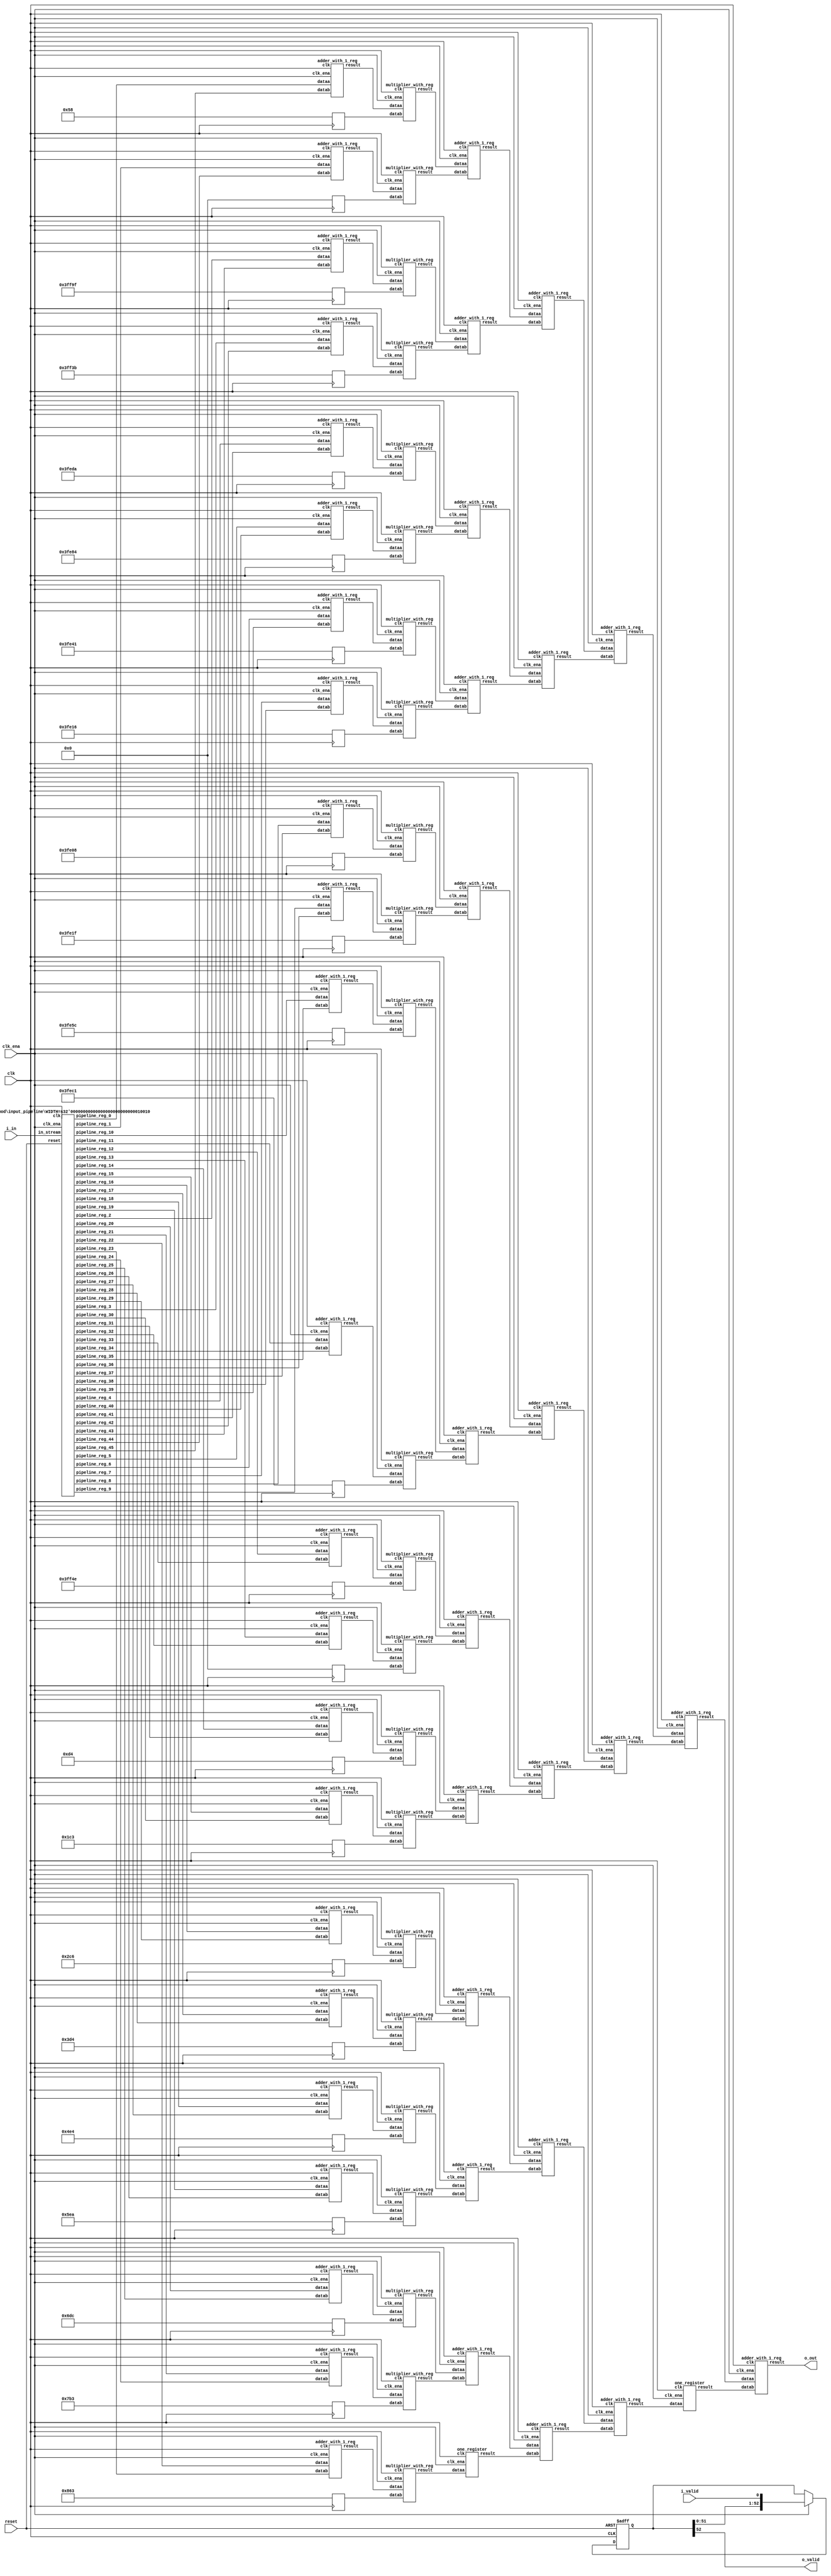
// CONFIG:
// NUM_COEFF = 46
// PIPLINED = 1

// WARNING: more than enough COEFFICIENTS in array (there are 26, and we only need 23)
module fir (
	clk,
	reset,
	clk_ena,
	i_valid,
	i_in,
	o_valid,
	o_out
);
	// Data Width
	parameter dw = 18; //Data input/output bits

	// Number of filter coefficients
	parameter N = 46;
	parameter N_UNIQ = 23; // ciel(N/2) assuming symmetric filter coefficients

	//Number of extra valid cycles needed to align output (i.e. computation pipeline depth + input/output registers
	localparam N_VALID_REGS = 53;

	input clk;
	input reset;
	input clk_ena;
	input i_valid;
	input [dw-1:0] i_in; // signed
	output o_valid;
	output [dw-1:0] o_out; // signed

	// Data Width dervied parameters
	localparam dw_add_int = 18; //Internal adder precision bits
	localparam dw_mult_int = 36; //Internal multiplier precision bits
	localparam scale_factor = 17; //Multiplier normalization shift amount

	// Number of extra registers in INPUT_PIPELINE_REG to prevent contention for CHAIN_END's chain adders
	localparam N_INPUT_REGS = 46;

	// Debug
	// initial begin
	// 	$display ("Data Width: %d", dw);
	// 	$display ("Data Width Add Internal: %d", dw_add_int);
	// 	$display ("Data Width Mult Internal: %d", dw_mult_int);
	// 	$display ("Scale Factor: %d", scale_factor);
	// end

	reg [dw-1:0] COEFFICIENT_0;
	reg [dw-1:0] COEFFICIENT_1;
	reg [dw-1:0] COEFFICIENT_2;
	reg [dw-1:0] COEFFICIENT_3;
	reg [dw-1:0] COEFFICIENT_4;
	reg [dw-1:0] COEFFICIENT_5;
	reg [dw-1:0] COEFFICIENT_6;
	reg [dw-1:0] COEFFICIENT_7;
	reg [dw-1:0] COEFFICIENT_8;
	reg [dw-1:0] COEFFICIENT_9;
	reg [dw-1:0] COEFFICIENT_10;
	reg [dw-1:0] COEFFICIENT_11;
	reg [dw-1:0] COEFFICIENT_12;
	reg [dw-1:0] COEFFICIENT_13;
	reg [dw-1:0] COEFFICIENT_14;
	reg [dw-1:0] COEFFICIENT_15;
	reg [dw-1:0] COEFFICIENT_16;
	reg [dw-1:0] COEFFICIENT_17;
	reg [dw-1:0] COEFFICIENT_18;
	reg [dw-1:0] COEFFICIENT_19;
	reg [dw-1:0] COEFFICIENT_20;
	reg [dw-1:0] COEFFICIENT_21;
	reg [dw-1:0] COEFFICIENT_22;

	always@(posedge clk) begin
		COEFFICIENT_0 <= 18'd88;
		COEFFICIENT_1 <= 18'd0;
		COEFFICIENT_2 <= -18'd97;
		COEFFICIENT_3 <= -18'd197;
		COEFFICIENT_4 <= -18'd294;
		COEFFICIENT_5 <= -18'd380;
		COEFFICIENT_6 <= -18'd447;
		COEFFICIENT_7 <= -18'd490;
		COEFFICIENT_8 <= -18'd504;
		COEFFICIENT_9 <= -18'd481;
		COEFFICIENT_10 <= -18'd420;
		COEFFICIENT_11 <= -18'd319;
		COEFFICIENT_12 <= -18'd178;
		COEFFICIENT_13 <= 18'd0;
		COEFFICIENT_14 <= 18'd212;
		COEFFICIENT_15 <= 18'd451;
		COEFFICIENT_16 <= 18'd710;
		COEFFICIENT_17 <= 18'd980;
		COEFFICIENT_18 <= 18'd1252;
		COEFFICIENT_19 <= 18'd1514;
		COEFFICIENT_20 <= 18'd1756;
		COEFFICIENT_21 <= 18'd1971;
		COEFFICIENT_22 <= 18'd2147;
	end

	////******************************************************
	// *
	// * Valid Delay Pipeline
	// *
	// *****************************************************
	//Input valid signal is pipelined to become output valid signal

	//Valid registers
	reg [N_VALID_REGS-1:0] VALID_PIPELINE_REGS;

	always@(posedge clk or posedge reset) begin
		if(reset) begin
			VALID_PIPELINE_REGS <= 0;
		end else begin
			if(clk_ena) begin
				VALID_PIPELINE_REGS <= {VALID_PIPELINE_REGS[N_VALID_REGS-2:0], i_valid};
			end else begin
				VALID_PIPELINE_REGS <= VALID_PIPELINE_REGS;
			end
		end
	end

	////******************************************************
	// *
	// * Input Register Pipeline
	// *
	// *****************************************************
	//Pipelined input values

	//Input value registers

	wire [dw-1:0] INPUT_PIPELINE_REG_0;
	wire [dw-1:0] INPUT_PIPELINE_REG_1;
	wire [dw-1:0] INPUT_PIPELINE_REG_2;
	wire [dw-1:0] INPUT_PIPELINE_REG_3;
	wire [dw-1:0] INPUT_PIPELINE_REG_4;
	wire [dw-1:0] INPUT_PIPELINE_REG_5;
	wire [dw-1:0] INPUT_PIPELINE_REG_6;
	wire [dw-1:0] INPUT_PIPELINE_REG_7;
	wire [dw-1:0] INPUT_PIPELINE_REG_8;
	wire [dw-1:0] INPUT_PIPELINE_REG_9;
	wire [dw-1:0] INPUT_PIPELINE_REG_10;
	wire [dw-1:0] INPUT_PIPELINE_REG_11;
	wire [dw-1:0] INPUT_PIPELINE_REG_12;
	wire [dw-1:0] INPUT_PIPELINE_REG_13;
	wire [dw-1:0] INPUT_PIPELINE_REG_14;
	wire [dw-1:0] INPUT_PIPELINE_REG_15;
	wire [dw-1:0] INPUT_PIPELINE_REG_16;
	wire [dw-1:0] INPUT_PIPELINE_REG_17;
	wire [dw-1:0] INPUT_PIPELINE_REG_18;
	wire [dw-1:0] INPUT_PIPELINE_REG_19;
	wire [dw-1:0] INPUT_PIPELINE_REG_20;
	wire [dw-1:0] INPUT_PIPELINE_REG_21;
	wire [dw-1:0] INPUT_PIPELINE_REG_22;
	wire [dw-1:0] INPUT_PIPELINE_REG_23;
	wire [dw-1:0] INPUT_PIPELINE_REG_24;
	wire [dw-1:0] INPUT_PIPELINE_REG_25;
	wire [dw-1:0] INPUT_PIPELINE_REG_26;
	wire [dw-1:0] INPUT_PIPELINE_REG_27;
	wire [dw-1:0] INPUT_PIPELINE_REG_28;
	wire [dw-1:0] INPUT_PIPELINE_REG_29;
	wire [dw-1:0] INPUT_PIPELINE_REG_30;
	wire [dw-1:0] INPUT_PIPELINE_REG_31;
	wire [dw-1:0] INPUT_PIPELINE_REG_32;
	wire [dw-1:0] INPUT_PIPELINE_REG_33;
	wire [dw-1:0] INPUT_PIPELINE_REG_34;
	wire [dw-1:0] INPUT_PIPELINE_REG_35;
	wire [dw-1:0] INPUT_PIPELINE_REG_36;
	wire [dw-1:0] INPUT_PIPELINE_REG_37;
	wire [dw-1:0] INPUT_PIPELINE_REG_38;
	wire [dw-1:0] INPUT_PIPELINE_REG_39;
	wire [dw-1:0] INPUT_PIPELINE_REG_40;
	wire [dw-1:0] INPUT_PIPELINE_REG_41;
	wire [dw-1:0] INPUT_PIPELINE_REG_42;
	wire [dw-1:0] INPUT_PIPELINE_REG_43;
	wire [dw-1:0] INPUT_PIPELINE_REG_44;
	wire [dw-1:0] INPUT_PIPELINE_REG_45;

	input_pipeline in_pipe(
		.clk(clk), .clk_ena(clk_ena),
		.in_stream(i_in),
		.pipeline_reg_0(INPUT_PIPELINE_REG_0),
		.pipeline_reg_1(INPUT_PIPELINE_REG_1),
		.pipeline_reg_2(INPUT_PIPELINE_REG_2),
		.pipeline_reg_3(INPUT_PIPELINE_REG_3),
		.pipeline_reg_4(INPUT_PIPELINE_REG_4),
		.pipeline_reg_5(INPUT_PIPELINE_REG_5),
		.pipeline_reg_6(INPUT_PIPELINE_REG_6),
		.pipeline_reg_7(INPUT_PIPELINE_REG_7),
		.pipeline_reg_8(INPUT_PIPELINE_REG_8),
		.pipeline_reg_9(INPUT_PIPELINE_REG_9),
		.pipeline_reg_10(INPUT_PIPELINE_REG_10),
		.pipeline_reg_11(INPUT_PIPELINE_REG_11),
		.pipeline_reg_12(INPUT_PIPELINE_REG_12),
		.pipeline_reg_13(INPUT_PIPELINE_REG_13),
		.pipeline_reg_14(INPUT_PIPELINE_REG_14),
		.pipeline_reg_15(INPUT_PIPELINE_REG_15),
		.pipeline_reg_16(INPUT_PIPELINE_REG_16),
		.pipeline_reg_17(INPUT_PIPELINE_REG_17),
		.pipeline_reg_18(INPUT_PIPELINE_REG_18),
		.pipeline_reg_19(INPUT_PIPELINE_REG_19),
		.pipeline_reg_20(INPUT_PIPELINE_REG_20),
		.pipeline_reg_21(INPUT_PIPELINE_REG_21),
		.pipeline_reg_22(INPUT_PIPELINE_REG_22),
		.pipeline_reg_23(INPUT_PIPELINE_REG_23),
		.pipeline_reg_24(INPUT_PIPELINE_REG_24),
		.pipeline_reg_25(INPUT_PIPELINE_REG_25),
		.pipeline_reg_26(INPUT_PIPELINE_REG_26),
		.pipeline_reg_27(INPUT_PIPELINE_REG_27),
		.pipeline_reg_28(INPUT_PIPELINE_REG_28),
		.pipeline_reg_29(INPUT_PIPELINE_REG_29),
		.pipeline_reg_30(INPUT_PIPELINE_REG_30),
		.pipeline_reg_31(INPUT_PIPELINE_REG_31),
		.pipeline_reg_32(INPUT_PIPELINE_REG_32),
		.pipeline_reg_33(INPUT_PIPELINE_REG_33),
		.pipeline_reg_34(INPUT_PIPELINE_REG_34),
		.pipeline_reg_35(INPUT_PIPELINE_REG_35),
		.pipeline_reg_36(INPUT_PIPELINE_REG_36),
		.pipeline_reg_37(INPUT_PIPELINE_REG_37),
		.pipeline_reg_38(INPUT_PIPELINE_REG_38),
		.pipeline_reg_39(INPUT_PIPELINE_REG_39),
		.pipeline_reg_40(INPUT_PIPELINE_REG_40),
		.pipeline_reg_41(INPUT_PIPELINE_REG_41),
		.pipeline_reg_42(INPUT_PIPELINE_REG_42),
		.pipeline_reg_43(INPUT_PIPELINE_REG_43),
		.pipeline_reg_44(INPUT_PIPELINE_REG_44),
		.pipeline_reg_45(INPUT_PIPELINE_REG_45),
		.reset(reset)	);
	defparam in_pipe.WIDTH = 18; // = dw
	////******************************************************
	// *
	// * Computation Pipeline
	// *
	// *****************************************************

	// ************************* LEVEL 0 *************************   
	wire [dw-1:0] L0_output_wires_0;
	wire [dw-1:0] L0_output_wires_1;
	wire [dw-1:0] L0_output_wires_2;
	wire [dw-1:0] L0_output_wires_3;
	wire [dw-1:0] L0_output_wires_4;
	wire [dw-1:0] L0_output_wires_5;
	wire [dw-1:0] L0_output_wires_6;
	wire [dw-1:0] L0_output_wires_7;
	wire [dw-1:0] L0_output_wires_8;
	wire [dw-1:0] L0_output_wires_9;
	wire [dw-1:0] L0_output_wires_10;
	wire [dw-1:0] L0_output_wires_11;
	wire [dw-1:0] L0_output_wires_12;
	wire [dw-1:0] L0_output_wires_13;
	wire [dw-1:0] L0_output_wires_14;
	wire [dw-1:0] L0_output_wires_15;
	wire [dw-1:0] L0_output_wires_16;
	wire [dw-1:0] L0_output_wires_17;
	wire [dw-1:0] L0_output_wires_18;
	wire [dw-1:0] L0_output_wires_19;
	wire [dw-1:0] L0_output_wires_20;
	wire [dw-1:0] L0_output_wires_21;
	wire [dw-1:0] L0_output_wires_22;

	adder_with_1_reg L0_adder_0and45(
		.clk(clk), .clk_ena(clk_ena),
		.dataa (INPUT_PIPELINE_REG_0),
		.datab (INPUT_PIPELINE_REG_45),
		.result(L0_output_wires_0)
	);

	adder_with_1_reg L0_adder_1and44(
		.clk(clk), .clk_ena(clk_ena),
		.dataa (INPUT_PIPELINE_REG_1),
		.datab (INPUT_PIPELINE_REG_44),
		.result(L0_output_wires_1)
	);

	adder_with_1_reg L0_adder_2and43(
		.clk(clk), .clk_ena(clk_ena),
		.dataa (INPUT_PIPELINE_REG_2),
		.datab (INPUT_PIPELINE_REG_43),
		.result(L0_output_wires_2)
	);

	adder_with_1_reg L0_adder_3and42(
		.clk(clk), .clk_ena(clk_ena),
		.dataa (INPUT_PIPELINE_REG_3),
		.datab (INPUT_PIPELINE_REG_42),
		.result(L0_output_wires_3)
	);

	adder_with_1_reg L0_adder_4and41(
		.clk(clk), .clk_ena(clk_ena),
		.dataa (INPUT_PIPELINE_REG_4),
		.datab (INPUT_PIPELINE_REG_41),
		.result(L0_output_wires_4)
	);

	adder_with_1_reg L0_adder_5and40(
		.clk(clk), .clk_ena(clk_ena),
		.dataa (INPUT_PIPELINE_REG_5),
		.datab (INPUT_PIPELINE_REG_40),
		.result(L0_output_wires_5)
	);

	adder_with_1_reg L0_adder_6and39(
		.clk(clk), .clk_ena(clk_ena),
		.dataa (INPUT_PIPELINE_REG_6),
		.datab (INPUT_PIPELINE_REG_39),
		.result(L0_output_wires_6)
	);

	adder_with_1_reg L0_adder_7and38(
		.clk(clk), .clk_ena(clk_ena),
		.dataa (INPUT_PIPELINE_REG_7),
		.datab (INPUT_PIPELINE_REG_38),
		.result(L0_output_wires_7)
	);

	adder_with_1_reg L0_adder_8and37(
		.clk(clk), .clk_ena(clk_ena),
		.dataa (INPUT_PIPELINE_REG_8),
		.datab (INPUT_PIPELINE_REG_37),
		.result(L0_output_wires_8)
	);

	adder_with_1_reg L0_adder_9and36(
		.clk(clk), .clk_ena(clk_ena),
		.dataa (INPUT_PIPELINE_REG_9),
		.datab (INPUT_PIPELINE_REG_36),
		.result(L0_output_wires_9)
	);

	adder_with_1_reg L0_adder_10and35(
		.clk(clk), .clk_ena(clk_ena),
		.dataa (INPUT_PIPELINE_REG_10),
		.datab (INPUT_PIPELINE_REG_35),
		.result(L0_output_wires_10)
	);

	adder_with_1_reg L0_adder_11and34(
		.clk(clk), .clk_ena(clk_ena),
		.dataa (INPUT_PIPELINE_REG_11),
		.datab (INPUT_PIPELINE_REG_34),
		.result(L0_output_wires_11)
	);

	adder_with_1_reg L0_adder_12and33(
		.clk(clk), .clk_ena(clk_ena),
		.dataa (INPUT_PIPELINE_REG_12),
		.datab (INPUT_PIPELINE_REG_33),
		.result(L0_output_wires_12)
	);

	adder_with_1_reg L0_adder_13and32(
		.clk(clk), .clk_ena(clk_ena),
		.dataa (INPUT_PIPELINE_REG_13),
		.datab (INPUT_PIPELINE_REG_32),
		.result(L0_output_wires_13)
	);

	adder_with_1_reg L0_adder_14and31(
		.clk(clk), .clk_ena(clk_ena),
		.dataa (INPUT_PIPELINE_REG_14),
		.datab (INPUT_PIPELINE_REG_31),
		.result(L0_output_wires_14)
	);

	adder_with_1_reg L0_adder_15and30(
		.clk(clk), .clk_ena(clk_ena),
		.dataa (INPUT_PIPELINE_REG_15),
		.datab (INPUT_PIPELINE_REG_30),
		.result(L0_output_wires_15)
	);

	adder_with_1_reg L0_adder_16and29(
		.clk(clk), .clk_ena(clk_ena),
		.dataa (INPUT_PIPELINE_REG_16),
		.datab (INPUT_PIPELINE_REG_29),
		.result(L0_output_wires_16)
	);

	adder_with_1_reg L0_adder_17and28(
		.clk(clk), .clk_ena(clk_ena),
		.dataa (INPUT_PIPELINE_REG_17),
		.datab (INPUT_PIPELINE_REG_28),
		.result(L0_output_wires_17)
	);

	adder_with_1_reg L0_adder_18and27(
		.clk(clk), .clk_ena(clk_ena),
		.dataa (INPUT_PIPELINE_REG_18),
		.datab (INPUT_PIPELINE_REG_27),
		.result(L0_output_wires_18)
	);

	adder_with_1_reg L0_adder_19and26(
		.clk(clk), .clk_ena(clk_ena),
		.dataa (INPUT_PIPELINE_REG_19),
		.datab (INPUT_PIPELINE_REG_26),
		.result(L0_output_wires_19)
	);

	adder_with_1_reg L0_adder_20and25(
		.clk(clk), .clk_ena(clk_ena),
		.dataa (INPUT_PIPELINE_REG_20),
		.datab (INPUT_PIPELINE_REG_25),
		.result(L0_output_wires_20)
	);

	adder_with_1_reg L0_adder_21and24(
		.clk(clk), .clk_ena(clk_ena),
		.dataa (INPUT_PIPELINE_REG_21),
		.datab (INPUT_PIPELINE_REG_24),
		.result(L0_output_wires_21)
	);

	adder_with_1_reg L0_adder_22and23(
		.clk(clk), .clk_ena(clk_ena),
		.dataa (INPUT_PIPELINE_REG_22),
		.datab (INPUT_PIPELINE_REG_23),
		.result(L0_output_wires_22)
	);

	// (23 main tree Adders)

	// ************************* LEVEL 1 *************************   
	// **************** Multipliers ****************   
	wire [dw-1:0] L1_mult_wires_0;
	wire [dw-1:0] L1_mult_wires_1;
	wire [dw-1:0] L1_mult_wires_2;
	wire [dw-1:0] L1_mult_wires_3;
	wire [dw-1:0] L1_mult_wires_4;
	wire [dw-1:0] L1_mult_wires_5;
	wire [dw-1:0] L1_mult_wires_6;
	wire [dw-1:0] L1_mult_wires_7;
	wire [dw-1:0] L1_mult_wires_8;
	wire [dw-1:0] L1_mult_wires_9;
	wire [dw-1:0] L1_mult_wires_10;
	wire [dw-1:0] L1_mult_wires_11;
	wire [dw-1:0] L1_mult_wires_12;
	wire [dw-1:0] L1_mult_wires_13;
	wire [dw-1:0] L1_mult_wires_14;
	wire [dw-1:0] L1_mult_wires_15;
	wire [dw-1:0] L1_mult_wires_16;
	wire [dw-1:0] L1_mult_wires_17;
	wire [dw-1:0] L1_mult_wires_18;
	wire [dw-1:0] L1_mult_wires_19;
	wire [dw-1:0] L1_mult_wires_20;
	wire [dw-1:0] L1_mult_wires_21;
	wire [dw-1:0] L1_mult_wires_22;

	multiplier_with_reg L1_mul_0(
		.clk(clk), .clk_ena(clk_ena),
		.dataa (L0_output_wires_0),
		.datab (COEFFICIENT_0),
		.result(L1_mult_wires_0)
	);

	multiplier_with_reg L1_mul_1(
		.clk(clk), .clk_ena(clk_ena),
		.dataa (L0_output_wires_1),
		.datab (COEFFICIENT_1),
		.result(L1_mult_wires_1)
	);

	multiplier_with_reg L1_mul_2(
		.clk(clk), .clk_ena(clk_ena),
		.dataa (L0_output_wires_2),
		.datab (COEFFICIENT_2),
		.result(L1_mult_wires_2)
	);

	multiplier_with_reg L1_mul_3(
		.clk(clk), .clk_ena(clk_ena),
		.dataa (L0_output_wires_3),
		.datab (COEFFICIENT_3),
		.result(L1_mult_wires_3)
	);

	multiplier_with_reg L1_mul_4(
		.clk(clk), .clk_ena(clk_ena),
		.dataa (L0_output_wires_4),
		.datab (COEFFICIENT_4),
		.result(L1_mult_wires_4)
	);

	multiplier_with_reg L1_mul_5(
		.clk(clk), .clk_ena(clk_ena),
		.dataa (L0_output_wires_5),
		.datab (COEFFICIENT_5),
		.result(L1_mult_wires_5)
	);

	multiplier_with_reg L1_mul_6(
		.clk(clk), .clk_ena(clk_ena),
		.dataa (L0_output_wires_6),
		.datab (COEFFICIENT_6),
		.result(L1_mult_wires_6)
	);

	multiplier_with_reg L1_mul_7(
		.clk(clk), .clk_ena(clk_ena),
		.dataa (L0_output_wires_7),
		.datab (COEFFICIENT_7),
		.result(L1_mult_wires_7)
	);

	multiplier_with_reg L1_mul_8(
		.clk(clk), .clk_ena(clk_ena),
		.dataa (L0_output_wires_8),
		.datab (COEFFICIENT_8),
		.result(L1_mult_wires_8)
	);

	multiplier_with_reg L1_mul_9(
		.clk(clk), .clk_ena(clk_ena),
		.dataa (L0_output_wires_9),
		.datab (COEFFICIENT_9),
		.result(L1_mult_wires_9)
	);

	multiplier_with_reg L1_mul_10(
		.clk(clk), .clk_ena(clk_ena),
		.dataa (L0_output_wires_10),
		.datab (COEFFICIENT_10),
		.result(L1_mult_wires_10)
	);

	multiplier_with_reg L1_mul_11(
		.clk(clk), .clk_ena(clk_ena),
		.dataa (L0_output_wires_11),
		.datab (COEFFICIENT_11),
		.result(L1_mult_wires_11)
	);

	multiplier_with_reg L1_mul_12(
		.clk(clk), .clk_ena(clk_ena),
		.dataa (L0_output_wires_12),
		.datab (COEFFICIENT_12),
		.result(L1_mult_wires_12)
	);

	multiplier_with_reg L1_mul_13(
		.clk(clk), .clk_ena(clk_ena),
		.dataa (L0_output_wires_13),
		.datab (COEFFICIENT_13),
		.result(L1_mult_wires_13)
	);

	multiplier_with_reg L1_mul_14(
		.clk(clk), .clk_ena(clk_ena),
		.dataa (L0_output_wires_14),
		.datab (COEFFICIENT_14),
		.result(L1_mult_wires_14)
	);

	multiplier_with_reg L1_mul_15(
		.clk(clk), .clk_ena(clk_ena),
		.dataa (L0_output_wires_15),
		.datab (COEFFICIENT_15),
		.result(L1_mult_wires_15)
	);

	multiplier_with_reg L1_mul_16(
		.clk(clk), .clk_ena(clk_ena),
		.dataa (L0_output_wires_16),
		.datab (COEFFICIENT_16),
		.result(L1_mult_wires_16)
	);

	multiplier_with_reg L1_mul_17(
		.clk(clk), .clk_ena(clk_ena),
		.dataa (L0_output_wires_17),
		.datab (COEFFICIENT_17),
		.result(L1_mult_wires_17)
	);

	multiplier_with_reg L1_mul_18(
		.clk(clk), .clk_ena(clk_ena),
		.dataa (L0_output_wires_18),
		.datab (COEFFICIENT_18),
		.result(L1_mult_wires_18)
	);

	multiplier_with_reg L1_mul_19(
		.clk(clk), .clk_ena(clk_ena),
		.dataa (L0_output_wires_19),
		.datab (COEFFICIENT_19),
		.result(L1_mult_wires_19)
	);

	multiplier_with_reg L1_mul_20(
		.clk(clk), .clk_ena(clk_ena),
		.dataa (L0_output_wires_20),
		.datab (COEFFICIENT_20),
		.result(L1_mult_wires_20)
	);

	multiplier_with_reg L1_mul_21(
		.clk(clk), .clk_ena(clk_ena),
		.dataa (L0_output_wires_21),
		.datab (COEFFICIENT_21),
		.result(L1_mult_wires_21)
	);

	multiplier_with_reg L1_mul_22(
		.clk(clk), .clk_ena(clk_ena),
		.dataa (L0_output_wires_22),
		.datab (COEFFICIENT_22),
		.result(L1_mult_wires_22)
	);

	// (23 Multipliers)

	// **************** Adders ****************   
	wire [dw-1:0] L1_output_wires_0;
	wire [dw-1:0] L1_output_wires_1;
	wire [dw-1:0] L1_output_wires_2;
	wire [dw-1:0] L1_output_wires_3;
	wire [dw-1:0] L1_output_wires_4;
	wire [dw-1:0] L1_output_wires_5;
	wire [dw-1:0] L1_output_wires_6;
	wire [dw-1:0] L1_output_wires_7;
	wire [dw-1:0] L1_output_wires_8;
	wire [dw-1:0] L1_output_wires_9;
	wire [dw-1:0] L1_output_wires_10;
	wire [dw-1:0] L1_output_wires_11;

	adder_with_1_reg L1_adder_0and1(
		.clk(clk), .clk_ena(clk_ena),
		.dataa (L1_mult_wires_0),
		.datab (L1_mult_wires_1),
		.result(L1_output_wires_0)
	);

	adder_with_1_reg L1_adder_2and3(
		.clk(clk), .clk_ena(clk_ena),
		.dataa (L1_mult_wires_2),
		.datab (L1_mult_wires_3),
		.result(L1_output_wires_1)
	);

	adder_with_1_reg L1_adder_4and5(
		.clk(clk), .clk_ena(clk_ena),
		.dataa (L1_mult_wires_4),
		.datab (L1_mult_wires_5),
		.result(L1_output_wires_2)
	);

	adder_with_1_reg L1_adder_6and7(
		.clk(clk), .clk_ena(clk_ena),
		.dataa (L1_mult_wires_6),
		.datab (L1_mult_wires_7),
		.result(L1_output_wires_3)
	);

	adder_with_1_reg L1_adder_8and9(
		.clk(clk), .clk_ena(clk_ena),
		.dataa (L1_mult_wires_8),
		.datab (L1_mult_wires_9),
		.result(L1_output_wires_4)
	);

	adder_with_1_reg L1_adder_10and11(
		.clk(clk), .clk_ena(clk_ena),
		.dataa (L1_mult_wires_10),
		.datab (L1_mult_wires_11),
		.result(L1_output_wires_5)
	);

	adder_with_1_reg L1_adder_12and13(
		.clk(clk), .clk_ena(clk_ena),
		.dataa (L1_mult_wires_12),
		.datab (L1_mult_wires_13),
		.result(L1_output_wires_6)
	);

	adder_with_1_reg L1_adder_14and15(
		.clk(clk), .clk_ena(clk_ena),
		.dataa (L1_mult_wires_14),
		.datab (L1_mult_wires_15),
		.result(L1_output_wires_7)
	);

	adder_with_1_reg L1_adder_16and17(
		.clk(clk), .clk_ena(clk_ena),
		.dataa (L1_mult_wires_16),
		.datab (L1_mult_wires_17),
		.result(L1_output_wires_8)
	);

	adder_with_1_reg L1_adder_18and19(
		.clk(clk), .clk_ena(clk_ena),
		.dataa (L1_mult_wires_18),
		.datab (L1_mult_wires_19),
		.result(L1_output_wires_9)
	);

	adder_with_1_reg L1_adder_20and21(
		.clk(clk), .clk_ena(clk_ena),
		.dataa (L1_mult_wires_20),
		.datab (L1_mult_wires_21),
		.result(L1_output_wires_10)
	);

	// (11 main tree Adders)

	// ********* Byes ********   
	one_register L1_byereg_for_22(
		.clk(clk), .clk_ena(clk_ena),
		.dataa (L1_mult_wires_22),
		.result(L1_output_wires_11)
	);

	// (1 byes)

	// ************************* LEVEL 2 *************************   
	wire [dw-1:0] L2_output_wires_0;
	wire [dw-1:0] L2_output_wires_1;
	wire [dw-1:0] L2_output_wires_2;
	wire [dw-1:0] L2_output_wires_3;
	wire [dw-1:0] L2_output_wires_4;
	wire [dw-1:0] L2_output_wires_5;

	adder_with_1_reg L2_adder_0and1(
		.clk(clk), .clk_ena(clk_ena),
		.dataa (L1_output_wires_0),
		.datab (L1_output_wires_1),
		.result(L2_output_wires_0)
	);

	adder_with_1_reg L2_adder_2and3(
		.clk(clk), .clk_ena(clk_ena),
		.dataa (L1_output_wires_2),
		.datab (L1_output_wires_3),
		.result(L2_output_wires_1)
	);

	adder_with_1_reg L2_adder_4and5(
		.clk(clk), .clk_ena(clk_ena),
		.dataa (L1_output_wires_4),
		.datab (L1_output_wires_5),
		.result(L2_output_wires_2)
	);

	adder_with_1_reg L2_adder_6and7(
		.clk(clk), .clk_ena(clk_ena),
		.dataa (L1_output_wires_6),
		.datab (L1_output_wires_7),
		.result(L2_output_wires_3)
	);

	adder_with_1_reg L2_adder_8and9(
		.clk(clk), .clk_ena(clk_ena),
		.dataa (L1_output_wires_8),
		.datab (L1_output_wires_9),
		.result(L2_output_wires_4)
	);

	adder_with_1_reg L2_adder_10and11(
		.clk(clk), .clk_ena(clk_ena),
		.dataa (L1_output_wires_10),
		.datab (L1_output_wires_11),
		.result(L2_output_wires_5)
	);

	// (6 main tree Adders)

	// ************************* LEVEL 3 *************************   
	wire [dw-1:0] L3_output_wires_0;
	wire [dw-1:0] L3_output_wires_1;
	wire [dw-1:0] L3_output_wires_2;

	adder_with_1_reg L3_adder_0and1(
		.clk(clk), .clk_ena(clk_ena),
		.dataa (L2_output_wires_0),
		.datab (L2_output_wires_1),
		.result(L3_output_wires_0)
	);

	adder_with_1_reg L3_adder_2and3(
		.clk(clk), .clk_ena(clk_ena),
		.dataa (L2_output_wires_2),
		.datab (L2_output_wires_3),
		.result(L3_output_wires_1)
	);

	adder_with_1_reg L3_adder_4and5(
		.clk(clk), .clk_ena(clk_ena),
		.dataa (L2_output_wires_4),
		.datab (L2_output_wires_5),
		.result(L3_output_wires_2)
	);

	// (3 main tree Adders)

	// ************************* LEVEL 4 *************************   
	wire [dw-1:0] L4_output_wires_0;
	wire [dw-1:0] L4_output_wires_1;

	adder_with_1_reg L4_adder_0and1(
		.clk(clk), .clk_ena(clk_ena),
		.dataa (L3_output_wires_0),
		.datab (L3_output_wires_1),
		.result(L4_output_wires_0)
	);

	// (1 main tree Adders)

	// ********* Byes ********   
	one_register L4_byereg_for_2(
		.clk(clk), .clk_ena(clk_ena),
		.dataa (L3_output_wires_2),
		.result(L4_output_wires_1)
	);

	// (1 byes)

	// ************************* LEVEL 5 *************************   
	wire [dw-1:0] L5_output_wires_0;

	adder_with_1_reg L5_adder_0and1(
		.clk(clk), .clk_ena(clk_ena),
		.dataa (L4_output_wires_0),
		.datab (L4_output_wires_1),
		.result(L5_output_wires_0)
	);

	// (1 main tree Adders)

	////******************************************************
	// *
	// * Output Logic
	// *
	// *****************************************************
	//Actual outputs
	assign o_out = L5_output_wires_0;

	assign o_valid = VALID_PIPELINE_REGS[N_VALID_REGS-1];

endmodule


module input_pipeline (
	clk,
	clk_ena,
	in_stream,
	pipeline_reg_0,
	pipeline_reg_1,
	pipeline_reg_2,
	pipeline_reg_3,
	pipeline_reg_4,
	pipeline_reg_5,
	pipeline_reg_6,
	pipeline_reg_7,
	pipeline_reg_8,
	pipeline_reg_9,
	pipeline_reg_10,
	pipeline_reg_11,
	pipeline_reg_12,
	pipeline_reg_13,
	pipeline_reg_14,
	pipeline_reg_15,
	pipeline_reg_16,
	pipeline_reg_17,
	pipeline_reg_18,
	pipeline_reg_19,
	pipeline_reg_20,
	pipeline_reg_21,
	pipeline_reg_22,
	pipeline_reg_23,
	pipeline_reg_24,
	pipeline_reg_25,
	pipeline_reg_26,
	pipeline_reg_27,
	pipeline_reg_28,
	pipeline_reg_29,
	pipeline_reg_30,
	pipeline_reg_31,
	pipeline_reg_32,
	pipeline_reg_33,
	pipeline_reg_34,
	pipeline_reg_35,
	pipeline_reg_36,
	pipeline_reg_37,
	pipeline_reg_38,
	pipeline_reg_39,
	pipeline_reg_40,
	pipeline_reg_41,
	pipeline_reg_42,
	pipeline_reg_43,
	pipeline_reg_44,
	pipeline_reg_45,
	reset);
	parameter WIDTH = 1;
	//Input value registers
	input clk;
	input clk_ena;
	input [WIDTH-1:0] in_stream;
	output [WIDTH-1:0] pipeline_reg_0;
	output [WIDTH-1:0] pipeline_reg_1;
	output [WIDTH-1:0] pipeline_reg_2;
	output [WIDTH-1:0] pipeline_reg_3;
	output [WIDTH-1:0] pipeline_reg_4;
	output [WIDTH-1:0] pipeline_reg_5;
	output [WIDTH-1:0] pipeline_reg_6;
	output [WIDTH-1:0] pipeline_reg_7;
	output [WIDTH-1:0] pipeline_reg_8;
	output [WIDTH-1:0] pipeline_reg_9;
	output [WIDTH-1:0] pipeline_reg_10;
	output [WIDTH-1:0] pipeline_reg_11;
	output [WIDTH-1:0] pipeline_reg_12;
	output [WIDTH-1:0] pipeline_reg_13;
	output [WIDTH-1:0] pipeline_reg_14;
	output [WIDTH-1:0] pipeline_reg_15;
	output [WIDTH-1:0] pipeline_reg_16;
	output [WIDTH-1:0] pipeline_reg_17;
	output [WIDTH-1:0] pipeline_reg_18;
	output [WIDTH-1:0] pipeline_reg_19;
	output [WIDTH-1:0] pipeline_reg_20;
	output [WIDTH-1:0] pipeline_reg_21;
	output [WIDTH-1:0] pipeline_reg_22;
	output [WIDTH-1:0] pipeline_reg_23;
	output [WIDTH-1:0] pipeline_reg_24;
	output [WIDTH-1:0] pipeline_reg_25;
	output [WIDTH-1:0] pipeline_reg_26;
	output [WIDTH-1:0] pipeline_reg_27;
	output [WIDTH-1:0] pipeline_reg_28;
	output [WIDTH-1:0] pipeline_reg_29;
	output [WIDTH-1:0] pipeline_reg_30;
	output [WIDTH-1:0] pipeline_reg_31;
	output [WIDTH-1:0] pipeline_reg_32;
	output [WIDTH-1:0] pipeline_reg_33;
	output [WIDTH-1:0] pipeline_reg_34;
	output [WIDTH-1:0] pipeline_reg_35;
	output [WIDTH-1:0] pipeline_reg_36;
	output [WIDTH-1:0] pipeline_reg_37;
	output [WIDTH-1:0] pipeline_reg_38;
	output [WIDTH-1:0] pipeline_reg_39;
	output [WIDTH-1:0] pipeline_reg_40;
	output [WIDTH-1:0] pipeline_reg_41;
	output [WIDTH-1:0] pipeline_reg_42;
	output [WIDTH-1:0] pipeline_reg_43;
	output [WIDTH-1:0] pipeline_reg_44;
	output [WIDTH-1:0] pipeline_reg_45;
	reg [WIDTH-1:0] pipeline_reg_0;
	reg [WIDTH-1:0] pipeline_reg_1;
	reg [WIDTH-1:0] pipeline_reg_2;
	reg [WIDTH-1:0] pipeline_reg_3;
	reg [WIDTH-1:0] pipeline_reg_4;
	reg [WIDTH-1:0] pipeline_reg_5;
	reg [WIDTH-1:0] pipeline_reg_6;
	reg [WIDTH-1:0] pipeline_reg_7;
	reg [WIDTH-1:0] pipeline_reg_8;
	reg [WIDTH-1:0] pipeline_reg_9;
	reg [WIDTH-1:0] pipeline_reg_10;
	reg [WIDTH-1:0] pipeline_reg_11;
	reg [WIDTH-1:0] pipeline_reg_12;
	reg [WIDTH-1:0] pipeline_reg_13;
	reg [WIDTH-1:0] pipeline_reg_14;
	reg [WIDTH-1:0] pipeline_reg_15;
	reg [WIDTH-1:0] pipeline_reg_16;
	reg [WIDTH-1:0] pipeline_reg_17;
	reg [WIDTH-1:0] pipeline_reg_18;
	reg [WIDTH-1:0] pipeline_reg_19;
	reg [WIDTH-1:0] pipeline_reg_20;
	reg [WIDTH-1:0] pipeline_reg_21;
	reg [WIDTH-1:0] pipeline_reg_22;
	reg [WIDTH-1:0] pipeline_reg_23;
	reg [WIDTH-1:0] pipeline_reg_24;
	reg [WIDTH-1:0] pipeline_reg_25;
	reg [WIDTH-1:0] pipeline_reg_26;
	reg [WIDTH-1:0] pipeline_reg_27;
	reg [WIDTH-1:0] pipeline_reg_28;
	reg [WIDTH-1:0] pipeline_reg_29;
	reg [WIDTH-1:0] pipeline_reg_30;
	reg [WIDTH-1:0] pipeline_reg_31;
	reg [WIDTH-1:0] pipeline_reg_32;
	reg [WIDTH-1:0] pipeline_reg_33;
	reg [WIDTH-1:0] pipeline_reg_34;
	reg [WIDTH-1:0] pipeline_reg_35;
	reg [WIDTH-1:0] pipeline_reg_36;
	reg [WIDTH-1:0] pipeline_reg_37;
	reg [WIDTH-1:0] pipeline_reg_38;
	reg [WIDTH-1:0] pipeline_reg_39;
	reg [WIDTH-1:0] pipeline_reg_40;
	reg [WIDTH-1:0] pipeline_reg_41;
	reg [WIDTH-1:0] pipeline_reg_42;
	reg [WIDTH-1:0] pipeline_reg_43;
	reg [WIDTH-1:0] pipeline_reg_44;
	reg [WIDTH-1:0] pipeline_reg_45;
	input reset;

	always@(posedge clk or posedge reset) begin
		if(reset) begin
			pipeline_reg_0 <= 0;
			pipeline_reg_1 <= 0;
			pipeline_reg_2 <= 0;
			pipeline_reg_3 <= 0;
			pipeline_reg_4 <= 0;
			pipeline_reg_5 <= 0;
			pipeline_reg_6 <= 0;
			pipeline_reg_7 <= 0;
			pipeline_reg_8 <= 0;
			pipeline_reg_9 <= 0;
			pipeline_reg_10 <= 0;
			pipeline_reg_11 <= 0;
			pipeline_reg_12 <= 0;
			pipeline_reg_13 <= 0;
			pipeline_reg_14 <= 0;
			pipeline_reg_15 <= 0;
			pipeline_reg_16 <= 0;
			pipeline_reg_17 <= 0;
			pipeline_reg_18 <= 0;
			pipeline_reg_19 <= 0;
			pipeline_reg_20 <= 0;
			pipeline_reg_21 <= 0;
			pipeline_reg_22 <= 0;
			pipeline_reg_23 <= 0;
			pipeline_reg_24 <= 0;
			pipeline_reg_25 <= 0;
			pipeline_reg_26 <= 0;
			pipeline_reg_27 <= 0;
			pipeline_reg_28 <= 0;
			pipeline_reg_29 <= 0;
			pipeline_reg_30 <= 0;
			pipeline_reg_31 <= 0;
			pipeline_reg_32 <= 0;
			pipeline_reg_33 <= 0;
			pipeline_reg_34 <= 0;
			pipeline_reg_35 <= 0;
			pipeline_reg_36 <= 0;
			pipeline_reg_37 <= 0;
			pipeline_reg_38 <= 0;
			pipeline_reg_39 <= 0;
			pipeline_reg_40 <= 0;
			pipeline_reg_41 <= 0;
			pipeline_reg_42 <= 0;
			pipeline_reg_43 <= 0;
			pipeline_reg_44 <= 0;
			pipeline_reg_45 <= 0;
		end else begin
			if(clk_ena) begin
				pipeline_reg_0 <= in_stream;
				pipeline_reg_1 <= pipeline_reg_0;
				pipeline_reg_2 <= pipeline_reg_1;
				pipeline_reg_3 <= pipeline_reg_2;
				pipeline_reg_4 <= pipeline_reg_3;
				pipeline_reg_5 <= pipeline_reg_4;
				pipeline_reg_6 <= pipeline_reg_5;
				pipeline_reg_7 <= pipeline_reg_6;
				pipeline_reg_8 <= pipeline_reg_7;
				pipeline_reg_9 <= pipeline_reg_8;
				pipeline_reg_10 <= pipeline_reg_9;
				pipeline_reg_11 <= pipeline_reg_10;
				pipeline_reg_12 <= pipeline_reg_11;
				pipeline_reg_13 <= pipeline_reg_12;
				pipeline_reg_14 <= pipeline_reg_13;
				pipeline_reg_15 <= pipeline_reg_14;
				pipeline_reg_16 <= pipeline_reg_15;
				pipeline_reg_17 <= pipeline_reg_16;
				pipeline_reg_18 <= pipeline_reg_17;
				pipeline_reg_19 <= pipeline_reg_18;
				pipeline_reg_20 <= pipeline_reg_19;
				pipeline_reg_21 <= pipeline_reg_20;
				pipeline_reg_22 <= pipeline_reg_21;
				pipeline_reg_23 <= pipeline_reg_22;
				pipeline_reg_24 <= pipeline_reg_23;
				pipeline_reg_25 <= pipeline_reg_24;
				pipeline_reg_26 <= pipeline_reg_25;
				pipeline_reg_27 <= pipeline_reg_26;
				pipeline_reg_28 <= pipeline_reg_27;
				pipeline_reg_29 <= pipeline_reg_28;
				pipeline_reg_30 <= pipeline_reg_29;
				pipeline_reg_31 <= pipeline_reg_30;
				pipeline_reg_32 <= pipeline_reg_31;
				pipeline_reg_33 <= pipeline_reg_32;
				pipeline_reg_34 <= pipeline_reg_33;
				pipeline_reg_35 <= pipeline_reg_34;
				pipeline_reg_36 <= pipeline_reg_35;
				pipeline_reg_37 <= pipeline_reg_36;
				pipeline_reg_38 <= pipeline_reg_37;
				pipeline_reg_39 <= pipeline_reg_38;
				pipeline_reg_40 <= pipeline_reg_39;
				pipeline_reg_41 <= pipeline_reg_40;
				pipeline_reg_42 <= pipeline_reg_41;
				pipeline_reg_43 <= pipeline_reg_42;
				pipeline_reg_44 <= pipeline_reg_43;
				pipeline_reg_45 <= pipeline_reg_44;
			end //else begin
				//pipeline_reg_0 <= pipeline_reg_0;
				//pipeline_reg_1 <= pipeline_reg_1;
				//pipeline_reg_2 <= pipeline_reg_2;
				//pipeline_reg_3 <= pipeline_reg_3;
				//pipeline_reg_4 <= pipeline_reg_4;
				//pipeline_reg_5 <= pipeline_reg_5;
				//pipeline_reg_6 <= pipeline_reg_6;
				//pipeline_reg_7 <= pipeline_reg_7;
				//pipeline_reg_8 <= pipeline_reg_8;
				//pipeline_reg_9 <= pipeline_reg_9;
				//pipeline_reg_10 <= pipeline_reg_10;
				//pipeline_reg_11 <= pipeline_reg_11;
				//pipeline_reg_12 <= pipeline_reg_12;
				//pipeline_reg_13 <= pipeline_reg_13;
				//pipeline_reg_14 <= pipeline_reg_14;
				//pipeline_reg_15 <= pipeline_reg_15;
				//pipeline_reg_16 <= pipeline_reg_16;
				//pipeline_reg_17 <= pipeline_reg_17;
				//pipeline_reg_18 <= pipeline_reg_18;
				//pipeline_reg_19 <= pipeline_reg_19;
				//pipeline_reg_20 <= pipeline_reg_20;
				//pipeline_reg_21 <= pipeline_reg_21;
				//pipeline_reg_22 <= pipeline_reg_22;
				//pipeline_reg_23 <= pipeline_reg_23;
				//pipeline_reg_24 <= pipeline_reg_24;
				//pipeline_reg_25 <= pipeline_reg_25;
				//pipeline_reg_26 <= pipeline_reg_26;
				//pipeline_reg_27 <= pipeline_reg_27;
				//pipeline_reg_28 <= pipeline_reg_28;
				//pipeline_reg_29 <= pipeline_reg_29;
				//pipeline_reg_30 <= pipeline_reg_30;
				//pipeline_reg_31 <= pipeline_reg_31;
				//pipeline_reg_32 <= pipeline_reg_32;
				//pipeline_reg_33 <= pipeline_reg_33;
				//pipeline_reg_34 <= pipeline_reg_34;
				//pipeline_reg_35 <= pipeline_reg_35;
				//pipeline_reg_36 <= pipeline_reg_36;
				//pipeline_reg_37 <= pipeline_reg_37;
				//pipeline_reg_38 <= pipeline_reg_38;
				//pipeline_reg_39 <= pipeline_reg_39;
				//pipeline_reg_40 <= pipeline_reg_40;
				//pipeline_reg_41 <= pipeline_reg_41;
				//pipeline_reg_42 <= pipeline_reg_42;
				//pipeline_reg_43 <= pipeline_reg_43;
				//pipeline_reg_44 <= pipeline_reg_44;
				//pipeline_reg_45 <= pipeline_reg_45;
			//end
		end
	end
endmodule


module adder_with_1_reg (
	clk,
	clk_ena,
	dataa,
	datab,
	result);

	input	  clk;
	input	  clk_ena;
	input	[17:0]  dataa;
	input	[17:0]  datab;
	output	[17:0]  result;

	reg     [17:0]  result;

	always @(posedge clk) begin
		if(clk_ena) begin
			result <= dataa + datab;
		end
	end

endmodule


module multiplier_with_reg (
	clk,
	clk_ena,
	dataa,
	datab,
	result);

	input	  clk;
	input	  clk_ena;
	input	[17:0]  dataa;
	input	[17:0]  datab;
	output	[17:0]  result;

	reg     [17:0]  result;

	always @(posedge clk) begin
		if(clk_ena) begin
			result <= dataa * datab;
		end
	end

endmodule


module one_register (
	clk,
	clk_ena,
	dataa,
	result);

	input	  clk;
	input	  clk_ena;
	input	[17:0]  dataa;
	output	[17:0]  result;

	reg     [17:0]  result;

	always @(posedge clk) begin
		if(clk_ena) begin
			result <= dataa;
		end
	end

endmodule